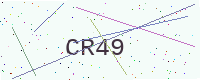
Text: CR49